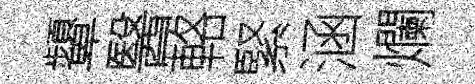
顰醫輅緊涵爛